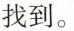
找到。